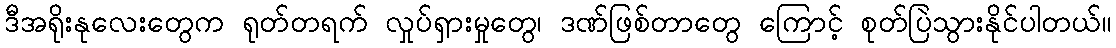
ဒီအရိုးနုလေးတွေက ရုတ်တရက် လှုပ်ရှားမှုတွေ၊ ဒဏ်ဖြစ်တာတွေ ကြောင့် စုတ်ပြဲသွားနိုင်ပါတယ်။